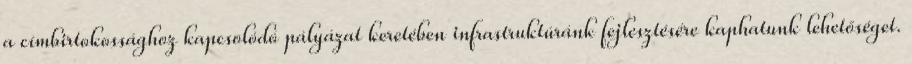
a címbirtokossághoz kapcsolódó pályázat keretében infrastruktúránk fejlesztésére kaphatunk lehetőséget.